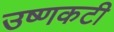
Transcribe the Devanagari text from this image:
उष्णकटी